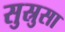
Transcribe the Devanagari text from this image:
सुस्रुसा